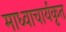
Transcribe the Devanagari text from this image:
माध्वाचार्यकृत